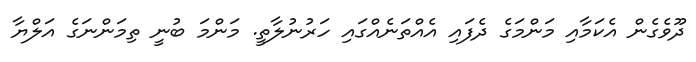
ދޫވެގެން އެކަމާއި މަންމަގެ ދެފައި އެއްތަނެއްގައި ހަރުނުލާތީ. މަންމަ ބުނީ ތިމަންނަގެ އަލްޔާ